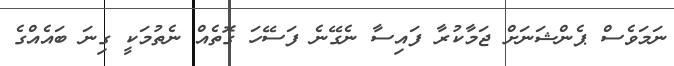
ނަމަވެސް ޕެންޝަނަށް ޖަމާކުރާ ފައިސާ ނެގޭނެ ފަސޭހަ ގޮތެއް ނެތުމަކީ ގިނަ ބައެއްގެ